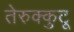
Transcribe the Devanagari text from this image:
तेरुक्कुटू